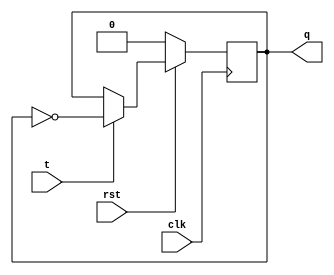
module tff_sync_rst(clk, rst, t, q);
    input clk;
    input rst;
    input t;
    output reg q;

    always @(posedge clk) begin
        if(!rst) q <= 1'b0;
        else if (t == 1'b1) q <= ~q;
    end
endmodule